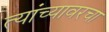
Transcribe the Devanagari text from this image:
त्यांच्यावरचा